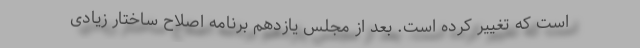
است که تغییر کرده است. بعد از مجلس یازدهم برنامه اصلاح ساختار زیادی